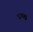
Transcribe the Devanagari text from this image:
प्रत्य्क्ष